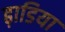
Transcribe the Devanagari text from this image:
ढ़ाडिया